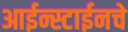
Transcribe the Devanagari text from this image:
आईन्स्टाईनचे